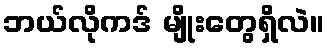
ဘယ်လိုကဒ် မျိုးတွေရှိလဲ။